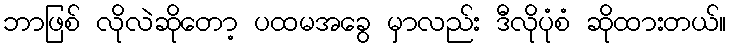
ဘာဖြစ် လိုလဲဆိုတော့ ပထမအခွေ မှာလည်း ဒီလိုပုံစံ ဆိုထားတယ်။